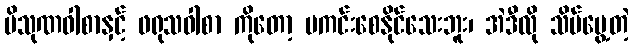
ပိသုဏဝါစာနှင့် ဖရုသဝါစာ ကိုတော့ မကင်းစေနိုင်သေးဘူး၊ အဲဒီလို သိမ်မွေ့တဲ့